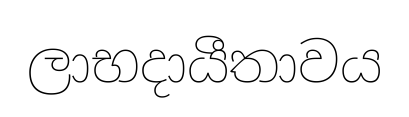
ලාභදායීතාවය